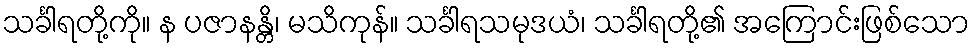
သင်္ခါရတို့ကို။ န ပဇာနန္တိ၊ မသိကုန်။ သင်္ခါရသမုဒယံ၊ သင်္ခါရတို့၏ အကြောင်းဖြစ်သော